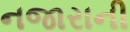
નજારાની